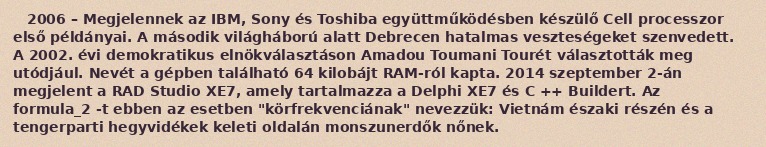
2006 – Megjelennek az IBM, Sony és Toshiba együttműködésben készülő Cell processzor első példányai. A második világháború alatt Debrecen hatalmas veszteségeket szenvedett. A 2002. évi demokratikus elnökválasztáson Amadou Toumani Tourét választották meg utódjául. Nevét a gépben található 64 kilobájt RAM-ról kapta. 2014 szeptember 2-án megjelent a RAD Studio XE7, amely tartalmazza a Delphi XE7 és C ++ Buildert. Az formula_2 -t ebben az esetben "körfrekvenciának" nevezzük: Vietnám északi részén és a tengerparti hegyvidékek keleti oldalán monszunerdők nőnek.